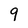
Character: 9